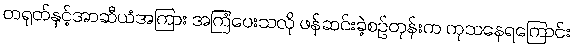
တရုတ်နှင့်အာဆီယံအကြား အကြံပေးသလို ဖန်ဆင်းခဲ့စဉ်တုန်းက ကုသနေရကြောင်း